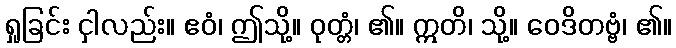
ရှုခြင်း ငှါလည်း။ ဧဝံ၊ ဤသို့။ ဝုတ္တံ၊ ၏။ ဣတိ၊ သို့။ ဝေဒိတဗ္ဗံ၊ ၏။